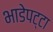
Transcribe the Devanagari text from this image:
भाडेपट्टा